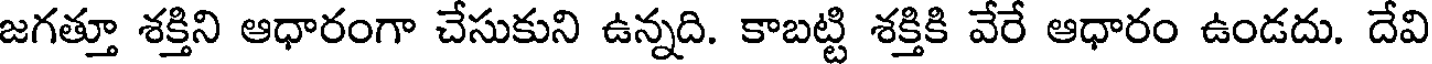
జగత్తూ శక్తిని ఆధారంగా చేసుకుని ఉన్నది. కాబట్టి శక్తికి వేరే ఆధారం ఉండదు. దేవి